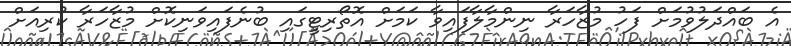
އެ ބައްދަލުވުމަށް ފަހު މުޒާހަރާ ނިންމާލާފައިވާ ކަމަށް އޮތޯރިޓީގައި ބުނެފައިވަނިކޮށް މުޒާހަރާ ކުރިއަށް